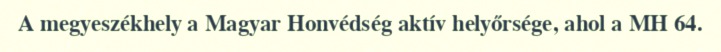
A megyeszékhely a Magyar Honvédség aktív helyőrsége, ahol a MH 64.